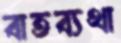
বাতব্যথা